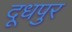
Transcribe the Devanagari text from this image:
दूधपुर